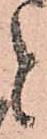
と